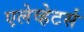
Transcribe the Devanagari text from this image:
एलेव्हेटर्स